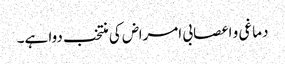
دماغی و اعصابی امراض کی منتخب دوا ہے۔